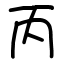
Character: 丙